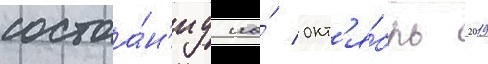
состоа́н'иу на́ окт'я́брь 2019